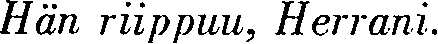
Hän riippuu, Herrani.